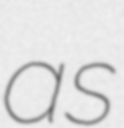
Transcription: as